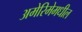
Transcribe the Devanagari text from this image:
अमेरिमेमधील